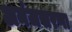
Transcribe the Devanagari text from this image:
अनंजसरणा